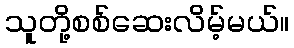
သူတို့စစ်ဆေးလိမ့်မယ်။